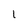
Character: l